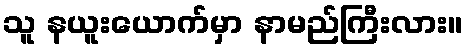
သူ နယူးယောက်မှာ နာမည်ကြီးလား။